Source: Handwritten
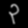
Digit: ၃ (3)